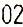
02